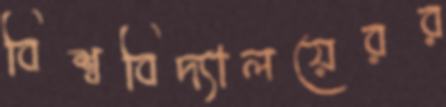
বিশ্ববিদ্যালয়েরর